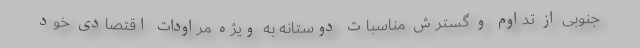
جنوبی از تداوم و گسترش مناسبات دوستانه به ویژه مراودات اقتصادی خود